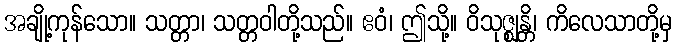
အချို့ကုန်သော။ သတ္တာ၊ သတ္တဝါတို့သည်။ ဧဝံ၊ ဤသို့။ ဝိသုဇ္ဈန္တိ၊ ကိလေသာတို့မှ